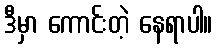
ဒီမှာ ကောင်းတဲ့ နေရာပါ။